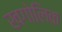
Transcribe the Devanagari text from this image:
खगोलिक